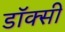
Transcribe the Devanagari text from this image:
डॉक्सी